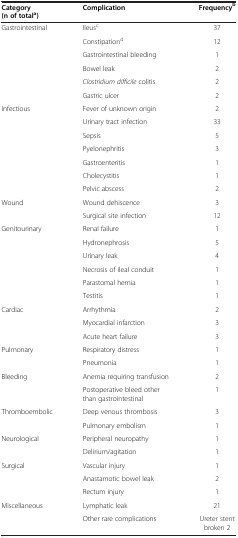
<table><thead><tr><td><b>Category (n of total<sup>a</sup>)</b></td><td><b>Complication</b></td><td><b>Frequency<sup>b</sup></b></td></tr></thead><tbody><tr><td>Gastrointestinal</td><td>Ileus<sup>c</sup></td><td>37</td></tr><tr><td> </td><td>Constipation<sup>d</sup></td><td>12</td></tr><tr><td> </td><td>Gastrointestinal bleeding</td><td>1</td></tr><tr><td> </td><td>Bowel leak</td><td>2</td></tr><tr><td> </td><td><i>Clostridium difficile</i> colitis</td><td>2</td></tr><tr><td> </td><td>Gastric ulcer</td><td>2</td></tr><tr><td>Infectious</td><td>Fever of unknown origin</td><td>2</td></tr><tr><td> </td><td>Urinary tract infection</td><td>33</td></tr><tr><td> </td><td>Sepsis</td><td>5</td></tr><tr><td> </td><td>Pyelonephritis</td><td>3</td></tr><tr><td> </td><td>Gastroenteritis</td><td>1</td></tr><tr><td> </td><td>Cholecystitis</td><td>1</td></tr><tr><td> </td><td>Pelvic abscess</td><td>2</td></tr><tr><td>Wound</td><td>Wound dehiscence</td><td>3</td></tr><tr><td> </td><td>Surgical site infection</td><td>12</td></tr><tr><td>Genitourinary</td><td>Renal failure</td><td>1</td></tr><tr><td> </td><td>Hydronephrosis</td><td>5</td></tr><tr><td> </td><td>Urinary leak</td><td>4</td></tr><tr><td> </td><td>Necrosis of ileal conduit</td><td>1</td></tr><tr><td> </td><td>Parastomal hernia</td><td>1</td></tr><tr><td> </td><td>Testitis</td><td>1</td></tr><tr><td>Cardiac</td><td>Arrhythmia</td><td>2</td></tr><tr><td> </td><td>Myocardial infarction</td><td>3</td></tr><tr><td> </td><td>Acute heart failure</td><td>3</td></tr><tr><td>Pulmonary</td><td>Respiratory distress</td><td>1</td></tr><tr><td> </td><td>Pneumonia</td><td>1</td></tr><tr><td>Bleeding</td><td>Anemia requiring transfusion</td><td>2</td></tr><tr><td> </td><td>Postoperative bleed other than gastrointestinal</td><td>1</td></tr><tr><td>Thromboembolic</td><td>Deep venous thrombosis</td><td>3</td></tr><tr><td> </td><td>Pulmonary embolism</td><td>1</td></tr><tr><td>Neurological</td><td>Peripheral neuropathy</td><td>1</td></tr><tr><td> </td><td>Delirium/agitation</td><td>1</td></tr><tr><td>Surgical</td><td>Vascular injury</td><td>1</td></tr><tr><td> </td><td>Anastamotic bowel leak</td><td>2</td></tr><tr><td> </td><td>Rectum injury</td><td>1</td></tr><tr><td>Miscellaneous</td><td>Lymphatic leak</td><td>21</td></tr><tr><td> </td><td>Other rare complications</td><td>Ureter stent broken 2</td></tr></tbody></table>